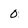
Character: 0